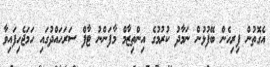
އެގޮތުން ފިރިހެން ބޭފުޅުން ނަމާދު ކުރުމުގެ އިންތިޒާމް މާފަންނު ޓާފް ސަރަހައްދުގައި ހަމަޖެހިފައިވާ